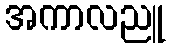
အကာလညူ